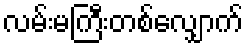
လမ်းမကြီးတစ်လျှောက်